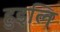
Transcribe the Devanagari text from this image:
हुइलि